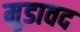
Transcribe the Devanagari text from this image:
मुडावद